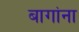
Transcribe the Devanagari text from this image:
बागांना